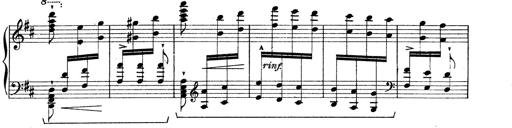
Title: Rapsodie: 19 ungheresi, 1 spagnuola
Composer: Franz Liszt